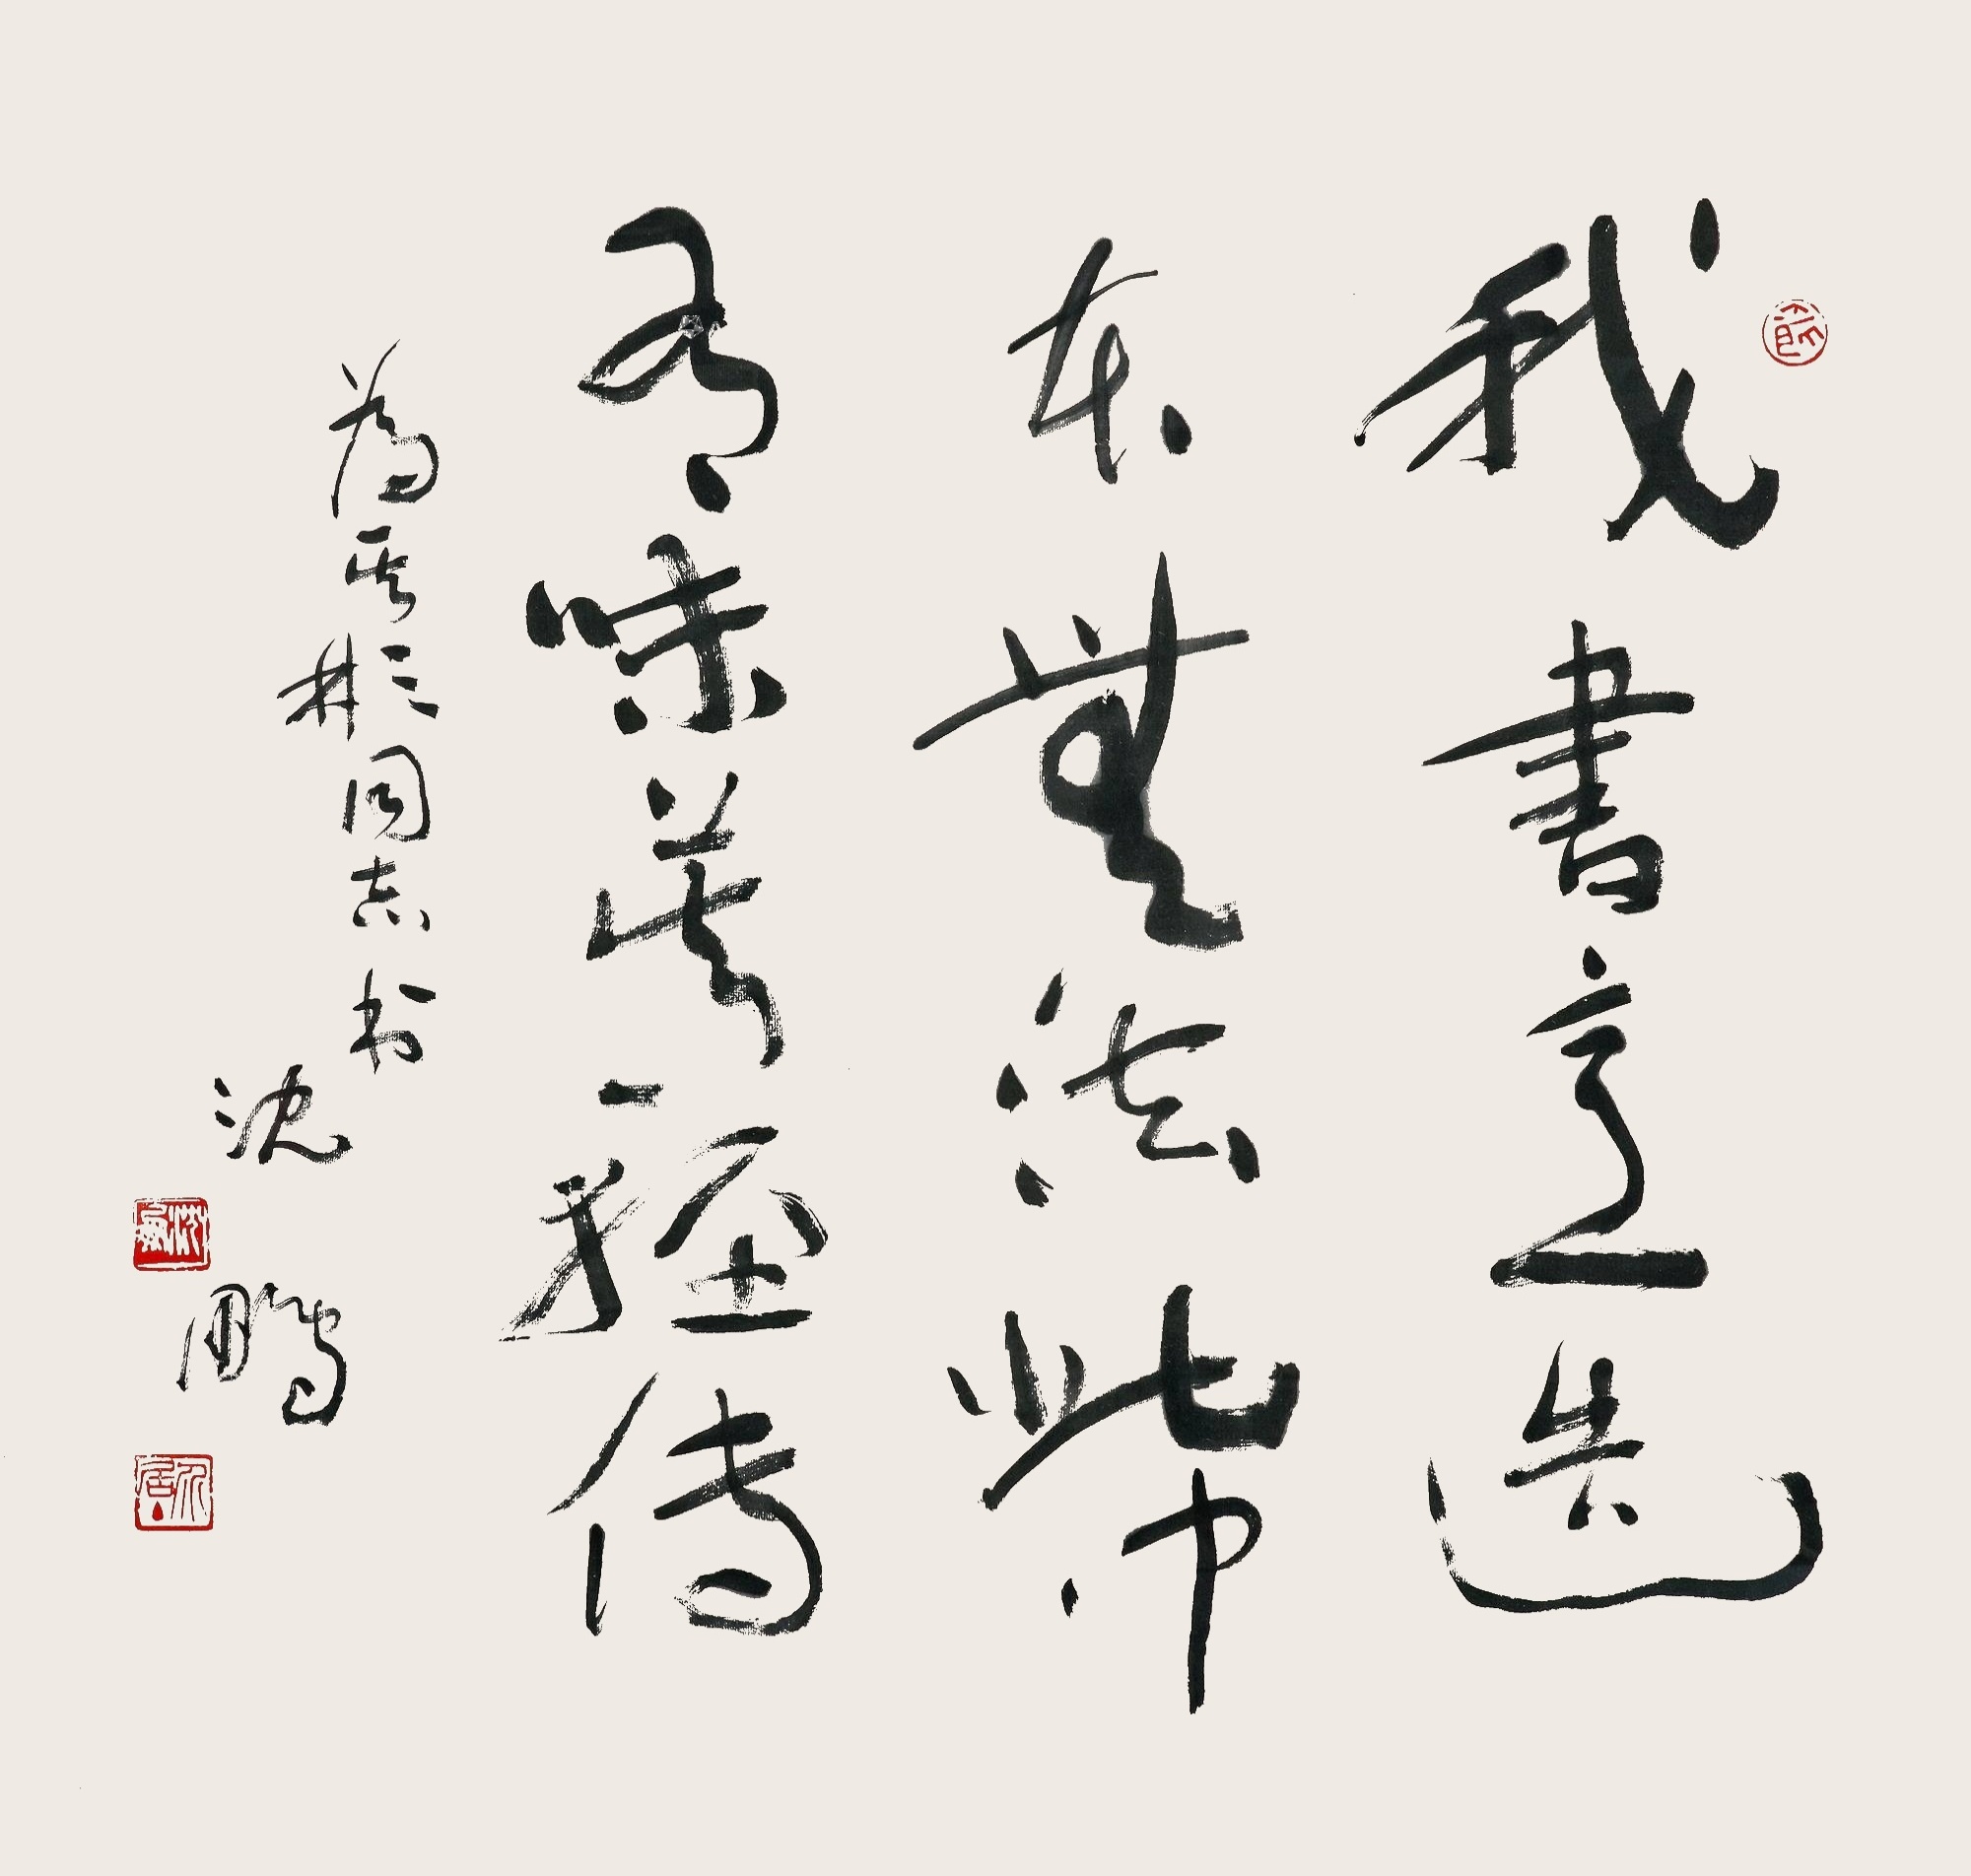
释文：我书意造本无法，此种尤为难轻传。为其彬同志书，沈鹏。